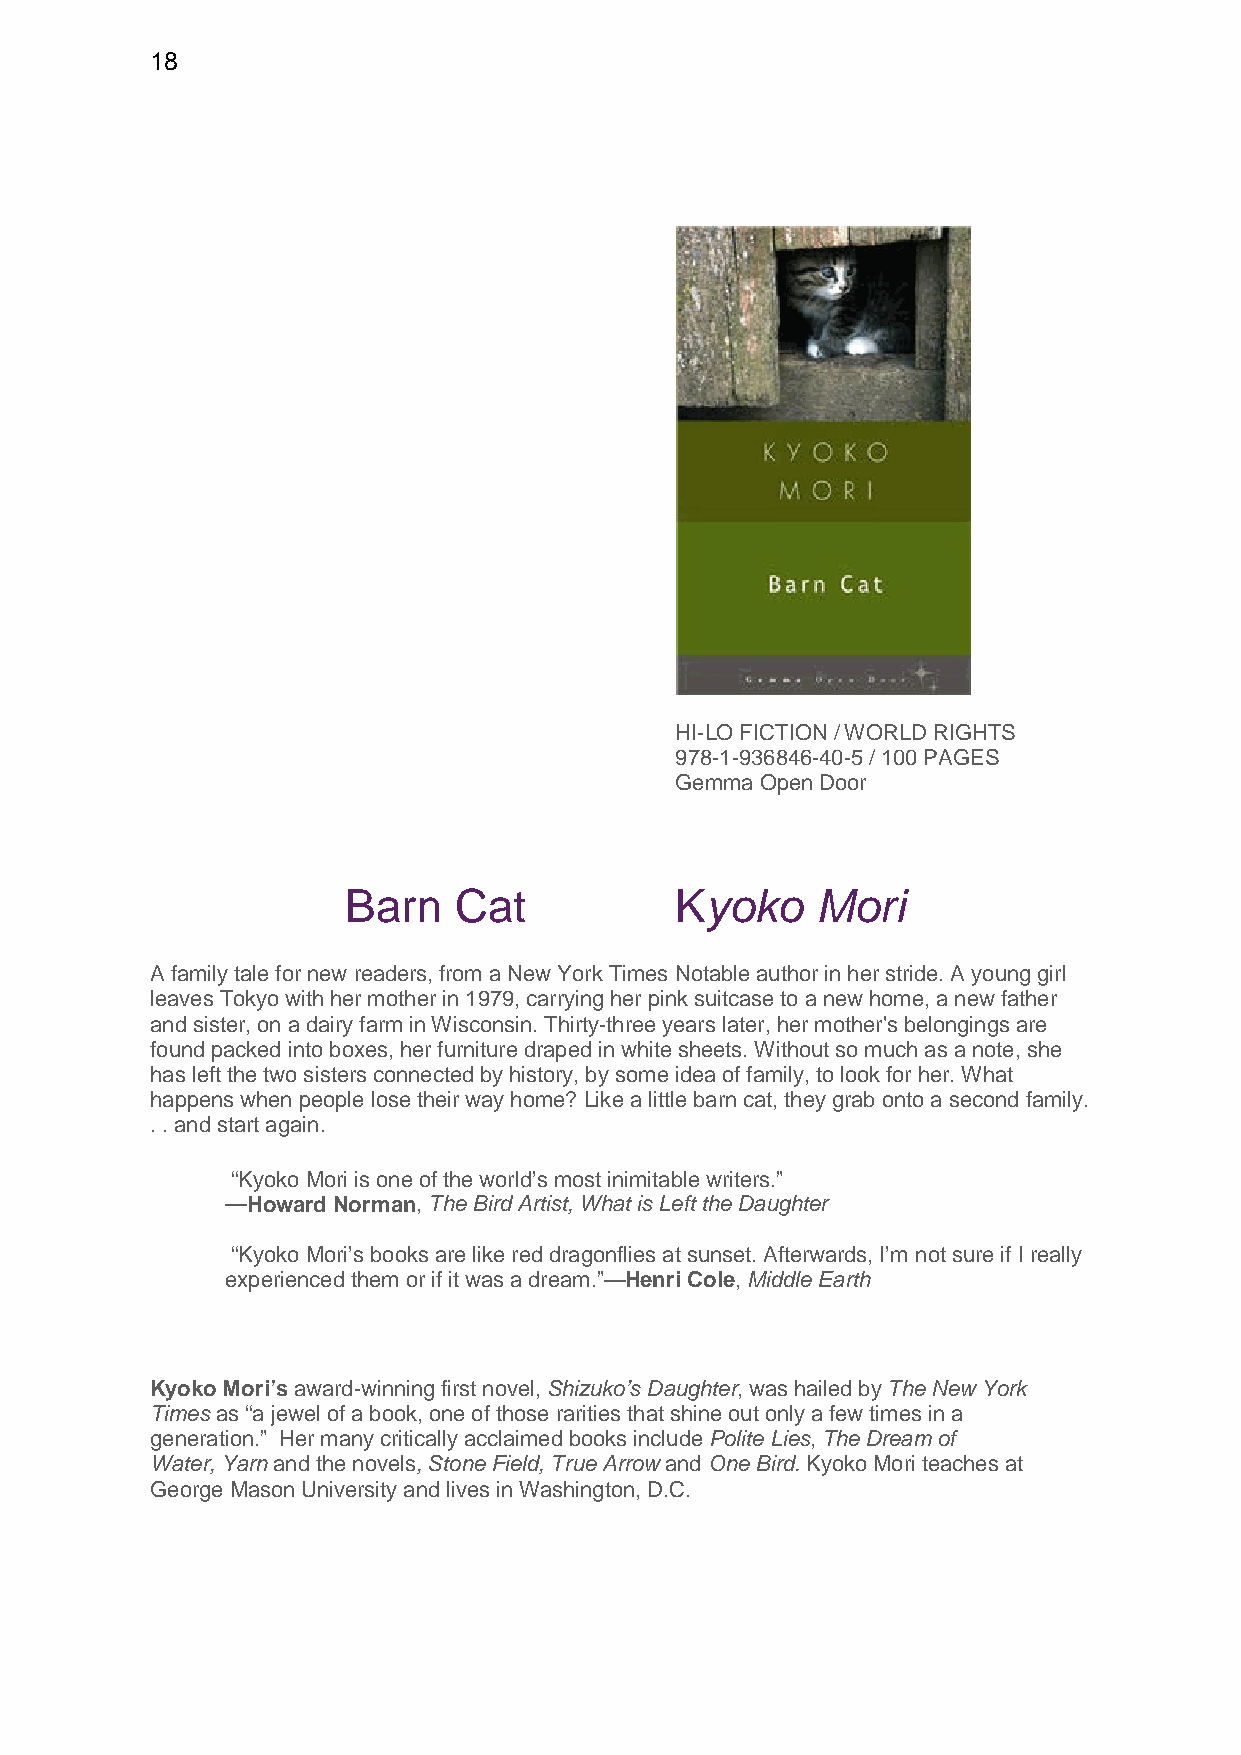
18
 HI-LO FICTION / WORLD RIGHTS
 978-1-936846-40-5 / 100 PAGES
 Gemma Open Door
 Barn   Cat            Kyoko    Mori
 A family tale for new readers, from a New York Times Notable author in her stride. A young girl
 leaves Tokyo with her mother in 1979, carrying her pink suitcase to a new home, a new father
 and sister, on a dairy farm in Wisconsin. Thirty-three years later, her mother's belongings are
 found packed into boxes, her furniture draped in white sheets. Without so much as a note, she
 has left the two sisters connected by history, by some idea of family, to look for her. What
 happens when people lose their way home? Like a little barn cat, they grab onto a second family.
 . . and start again.
 “Kyoko Mori is one of the world’s most inimitable writers.”
 —Howard Norman, The Bird Artist, What is Left the Daughter
 “Kyoko Mori’s books are like red dragonflies at sunset. Afterwards, I’m not sure if I really
 experienced them or if it was a dream.”—Henri Cole, Middle Earth
 Kyoko Mori’s award-winning first novel, Shizuko’s Daughter, was hailed by The New York
 Times as “a jewel of a book, one of those rarities that shine out only a few times in a
 generation.” Her many critically acclaimed books include Polite Lies, The Dream of
 Water, Yarn and the novels, Stone Field, True Arrow and One Bird. Kyoko Mori teaches at
 George Mason University and lives in Washington, D.C.